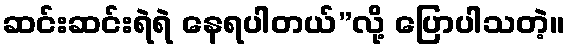
ဆင်းဆင်းရဲရဲ နေရပါတယ်”လို့ ပြောပါသတဲ့။